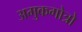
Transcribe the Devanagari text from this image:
अमुकगोत्रो